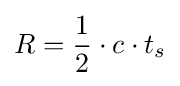
R={1 \over 2}\cdot c\cdot t_{s}